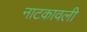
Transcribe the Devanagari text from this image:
नाटकावली